Jaan_Tonisson_(Lasteleht), lk 32
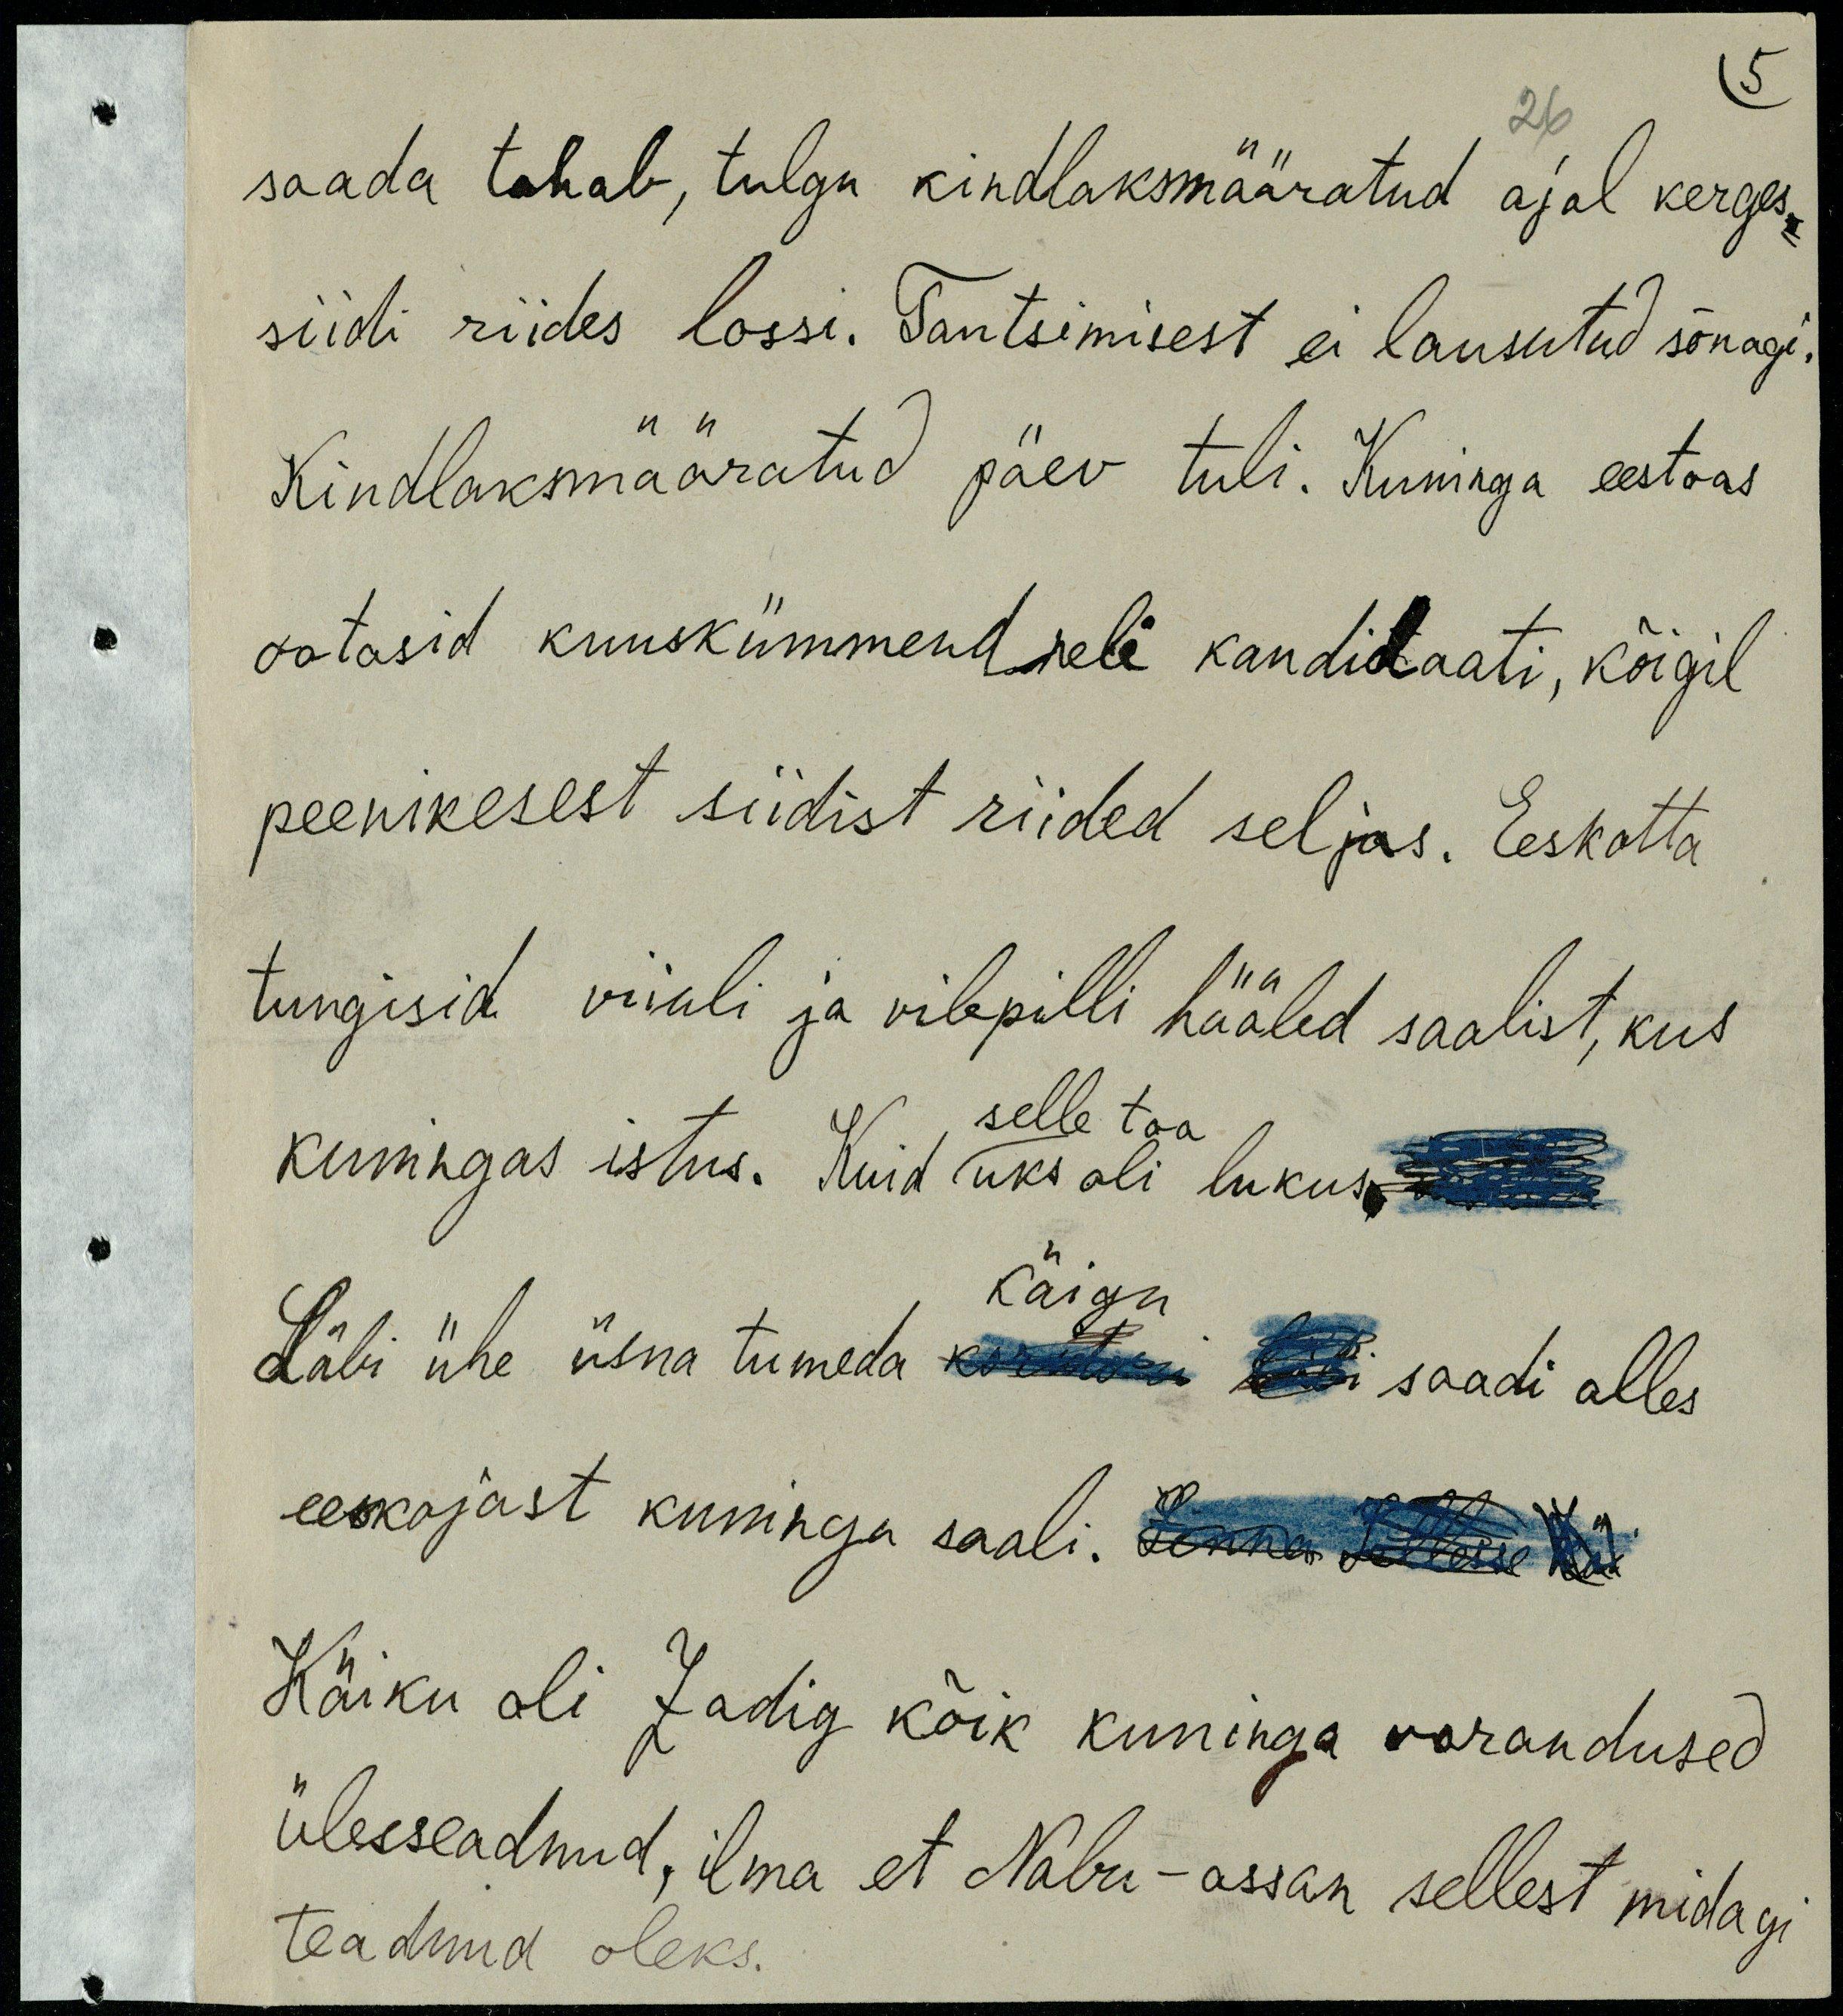
saada tahab, tulgu kindlaksmääratud ajal kerges
siidi riides lossi. Tantsimisest ei lausutud sõnagi.
Kindlaksmääratud päev tuli. Kuninga eestoas
ootasid kuuskümmendneli kandidaati, kõigil
peenikesest siidist riided seljas. Eeskotta
tungisid viiuli ja vilepilli hääled saalist, kus
selle toa
kuningas istus. Kuid uks oli lukus.
käigu
Läbi ühe üsna tumeda koridori läbi saadi alles
eeskojast kuninga saali. Sinna Sellesse käi
Käiku oli Zadig kõik kuninga varandused 
ülesseadnud, ilma et Nabu-assan sellest midagi
teadnud oleks.